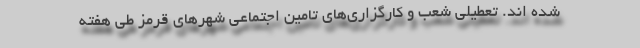
شده اند. تعطیلی شعب و کارگزاری‌های تامین اجتماعی شهرهای قرمز طی هفته